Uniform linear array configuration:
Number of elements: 32
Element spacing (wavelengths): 0.75
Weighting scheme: binomial
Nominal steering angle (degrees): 0
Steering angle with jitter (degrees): -1.052
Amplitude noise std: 0.05
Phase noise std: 0.05

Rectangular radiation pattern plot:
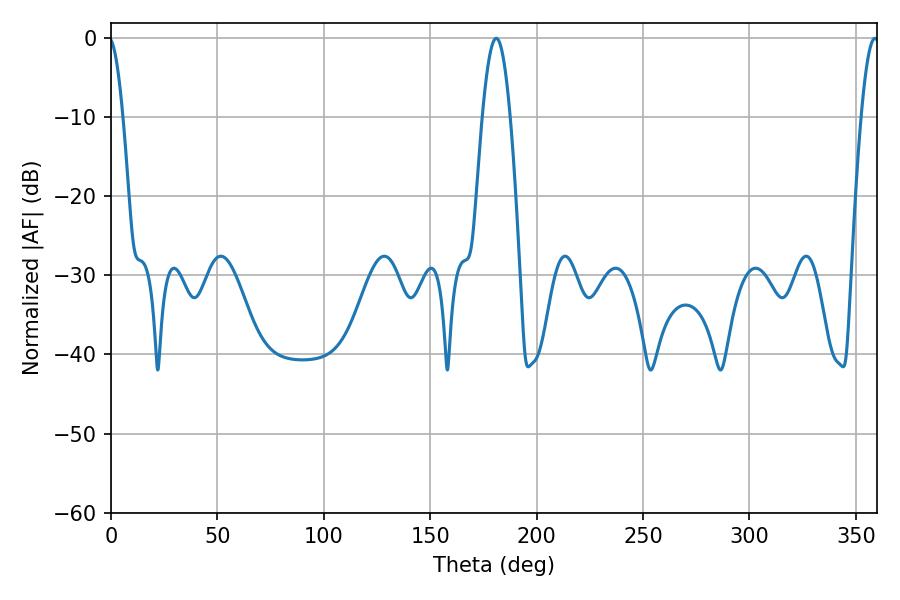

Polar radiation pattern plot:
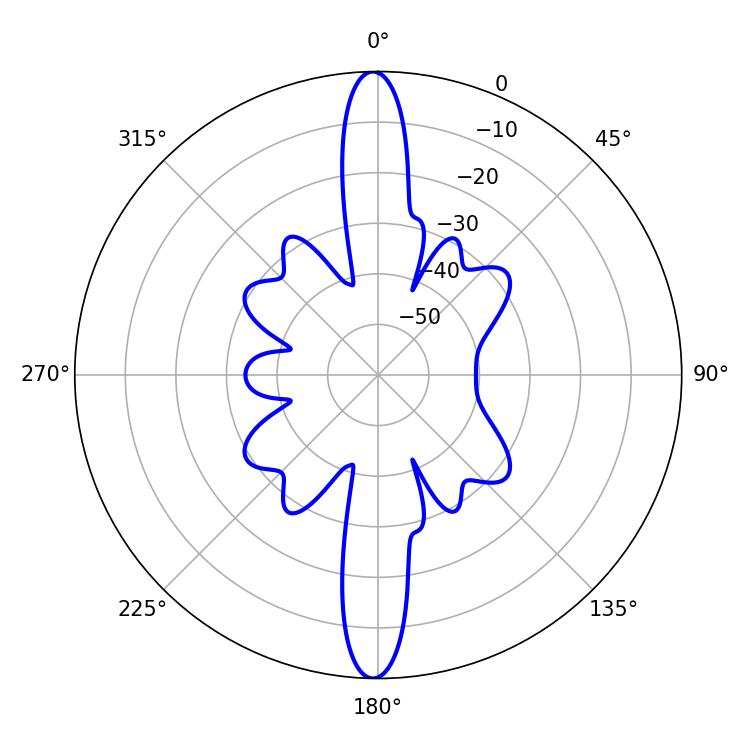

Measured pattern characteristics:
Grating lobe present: TRUE
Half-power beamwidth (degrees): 7.02
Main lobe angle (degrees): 181.08